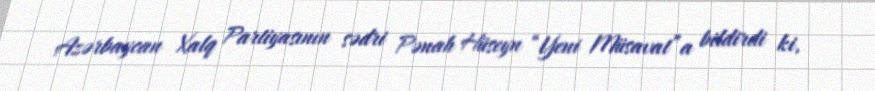
Azərbaycan Xalq Partiyasının sədri Pənah Hüseyn “Yeni Müsavat”a bildirdi ki,